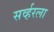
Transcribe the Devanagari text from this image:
सर्व्हरला